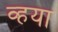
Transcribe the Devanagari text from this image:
व्हया